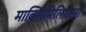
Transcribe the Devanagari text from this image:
माक्सिमिलियानो